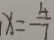
x = - \frac { 4 } { 7 }